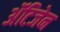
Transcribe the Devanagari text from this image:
ॲंटिजेन